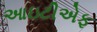
આઇટીએફ